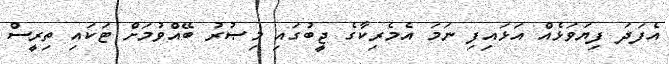
އެފަދަ ފިޔަވަޅެއް އަޅައިފި ނަމަ އެމެރިކާގެ ޖީބުގައި މިޞުރު ބޭއްވުމަށް ޓަކައި ތިރީސް